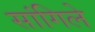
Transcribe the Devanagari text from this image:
सांगिले